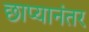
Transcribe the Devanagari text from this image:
छाप्यानंतर